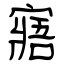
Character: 寤